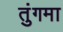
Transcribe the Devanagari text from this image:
तुंगमा